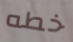
خطه